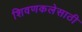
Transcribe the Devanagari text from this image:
शिवणकलेसाठी